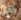
هو